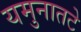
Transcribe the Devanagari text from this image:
यमुनातटे